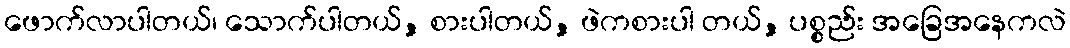
ဖောက်လာပါတယ်၊ သောက်ပါတယ်, စားပါတယ်, ဖဲကစားပါ တယ်, ပစ္စည်း အခြေအနေကလဲ